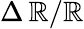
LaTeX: \Delta\, \mathbb{R}/\mathbb{R}